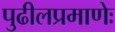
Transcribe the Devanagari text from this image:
पुढीलप्रमाणेः